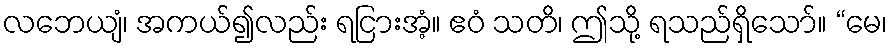
လဘေယျံ၊ အကယ်၍လည်း ရငြားအံ့။ ဧဝံ သတိ၊ ဤသို့ ရသည်ရှိသော်။ “မေ၊